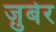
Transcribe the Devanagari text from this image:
ज़ुबेर